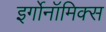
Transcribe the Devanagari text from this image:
इर्गोनॉमिक्स